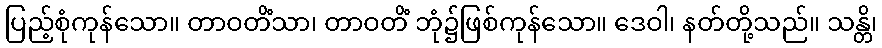
ပြည့်စုံကုန်သော။ တာဝတိံသာ၊ တာဝတိံ ဘုံ၌ဖြစ်ကုန်သော။ ဒေဝါ၊ နတ်တို့သည်။ သန္တိ၊